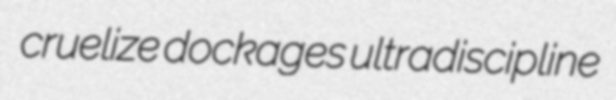
cruelize dockages ultradiscipline